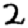
Digit: 2